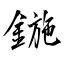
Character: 鍦